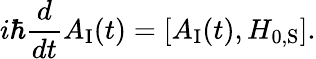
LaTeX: i\hbar{\frac{d}{dt}}A_{\mathrm{I}}(t)=[A_{\mathrm{I}}(t),H_{0,{\mathrm{S}}}].